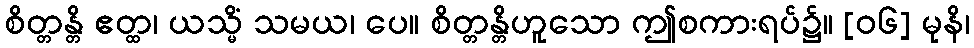
စိတ္တန္တိ ဧတ္ထ၊ ယသ္မိံ သမယ၊ ပေ။ စိတ္တန္တိဟူသော ဤစကားရပ်၌။ [၀၆] မုနိ၊